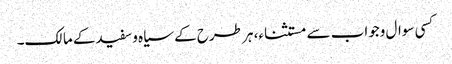
کسی سوال وجواب سے مستثناء، ہر طرح کے سیاہ وسفیدکے مالک۔